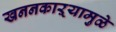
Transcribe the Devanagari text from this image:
खननकाऱ्यामुळे